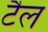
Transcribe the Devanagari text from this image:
टैल